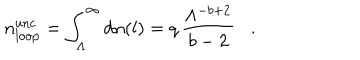
LaTeX: n _ { \mathrm { l o o p } } ^ { \mathrm { u n c } } = \int _ { \Lambda } ^ { \infty } d n ( l ) = q \, \frac { \Lambda ^ { - b + 2 } } { b - 2 } \, \, \, \, \, . \, \, \, \, \,